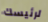
لرئيسك